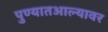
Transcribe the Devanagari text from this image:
पुण्यातआल्यावर